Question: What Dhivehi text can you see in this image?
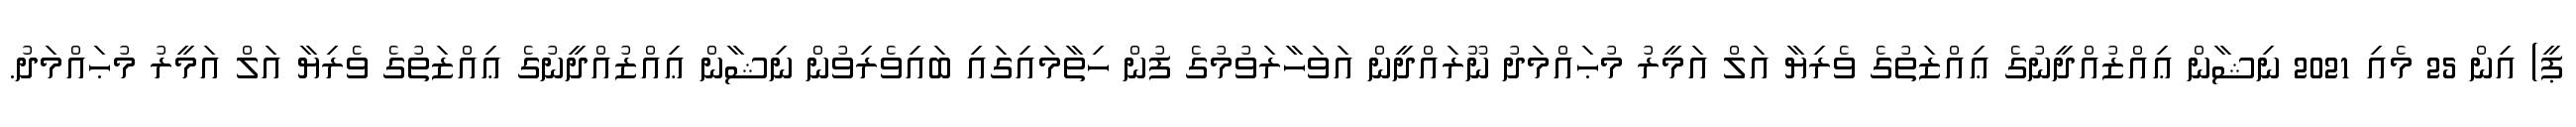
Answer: ޕީ) އިން 25 މެއި 2021 ނިޝާން ޢިއްޒުއްދީނުގެ ޢިއްޒަތުގެ ވެރިޔާ އަލް އަމީރު މުޙައްމަދު ނޫރައްދީން އަވަހާރަވުމުގެ ފުން ހިތާމައިގައި ބައިވެރިވުން ނިޝާން ޢިއްޒުއްދީނުގެ ޢިއްޒަތުގެ ވެރިޔާ އަލް އަމީރު މުޙައްމަދު.